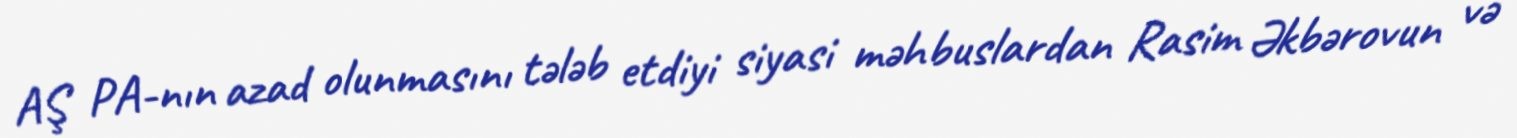
AŞ PA-nın azad olunmasını tələb etdiyi siyasi məhbuslardan Rasim Əkbərovun və